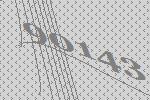
90143